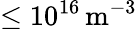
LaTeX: \leq 10^{16}\, \mathrm{m^{-3}}